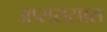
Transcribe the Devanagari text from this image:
अप्सरासास